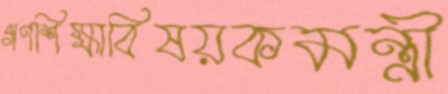
গণশিক্ষাবিষয়কমন্ত্রী